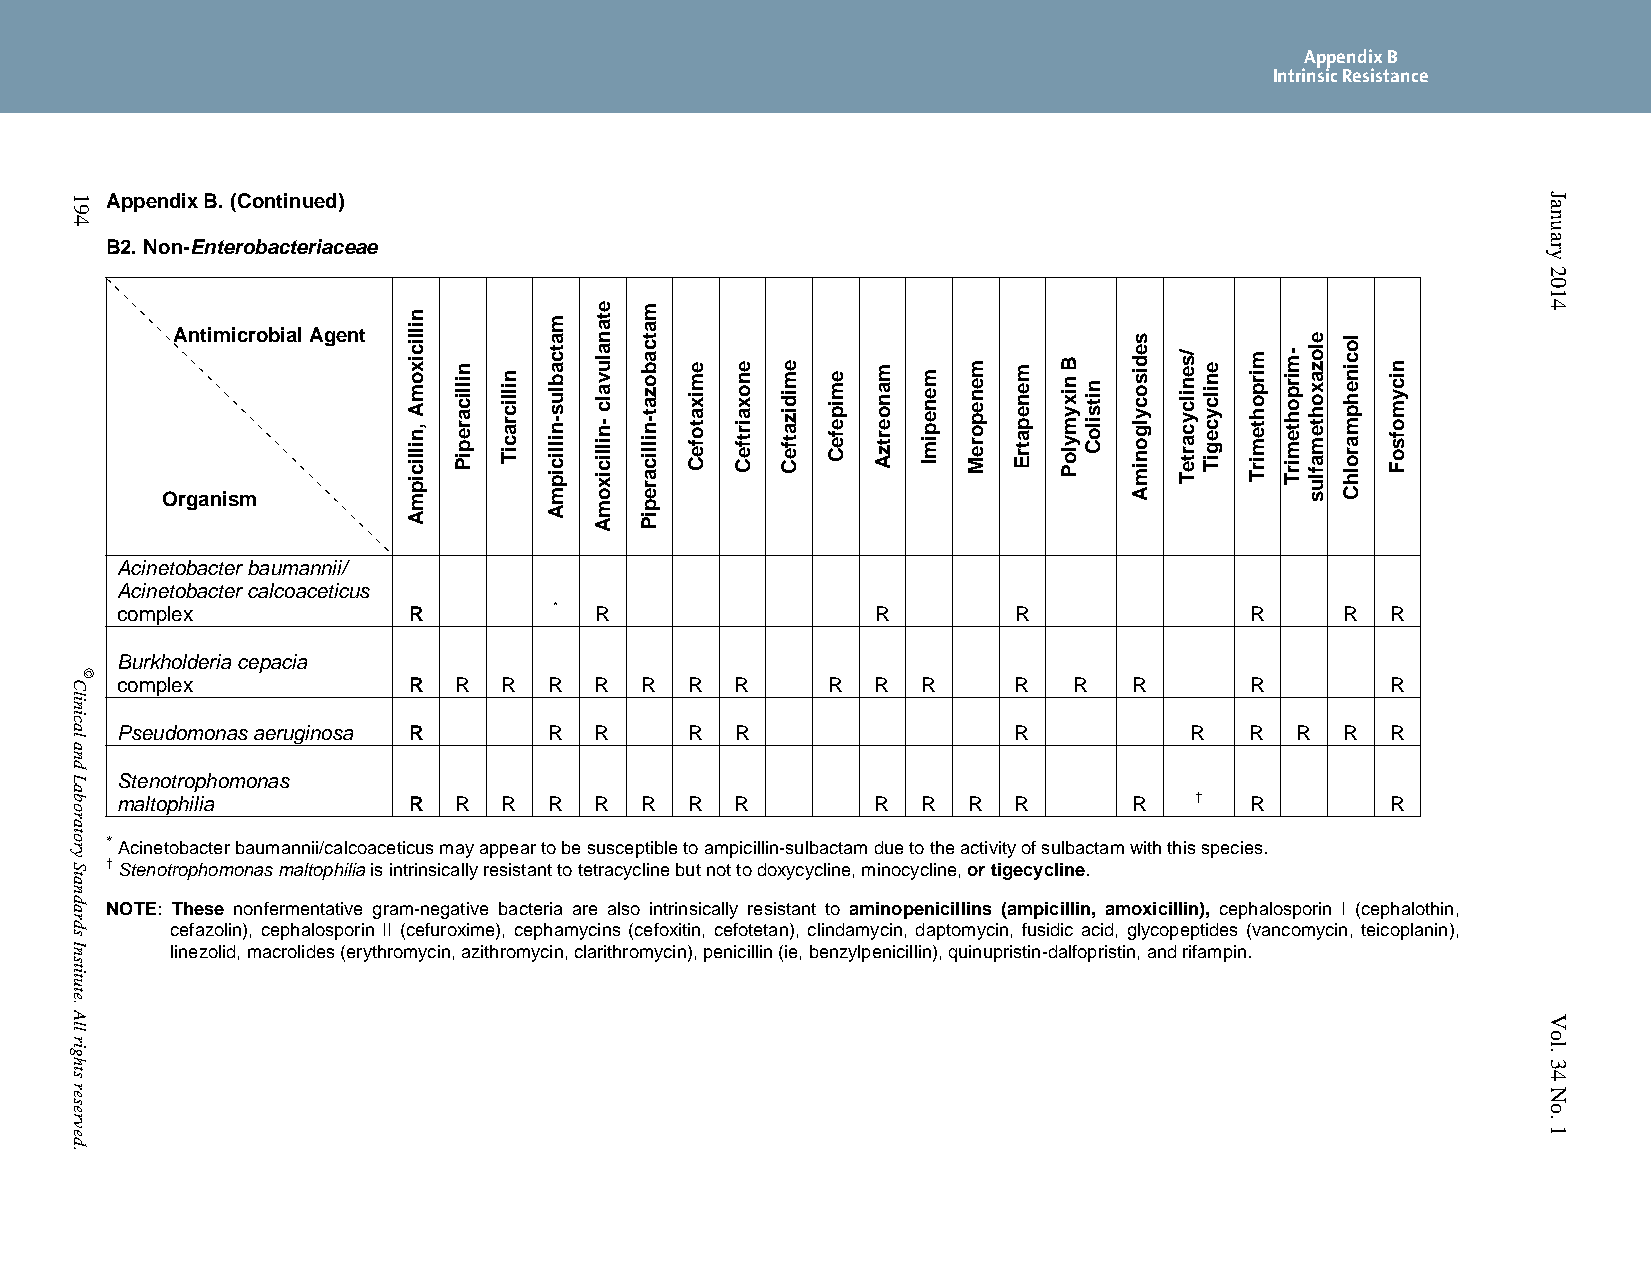
Appendix B
 Intrinsic Resistance
 Appendix B. (Continued)
 B2. Non-Enterobacteriaceae
 Antimicrobial Agent
 Organism
 Acinetobacter baumannii/
 Acinetobacter calcoaceticus
 complex            R         * R                  R        R               R     R  R
 Burkholderia cepacia
 complex            R  R  R  R  R  R   R  R     R  R  R     R   R   R       R        R
 Pseudomonas aeruginosa R    R  R      R  R                 R           R   R  R  R  R
 Stenotrophomonas
 maltophilia        R  R  R  R  R  R   R  R        R  R  R  R       R   †   R        R
 * Acinetobacter baumannii/calcoaceticus may appear to be susceptible to ampicillin-sulbactam due to the activity of sulbactam with this species.
 † Stenotrophomonas maltophilia is intrinsically resistant to tetracycline but not to doxycycline, minocycline, or tigecycline.
 NOTE: These nonfermentative gram-negative bacteria are also intrinsically resistant to aminopenicillins (ampicillin, amoxicillin), cephalosporin I (cephalothin,
 cefazolin), cephalosporin II (cefuroxime), cephamycins (cefoxitin, cefotetan), clindamycin, daptomycin, fusidic acid, glycopeptides (vancomycin, teicoplanin),
 linezolid, macrolides (erythromycin, azithromycin, clarithromycin), penicillin (ie, benzylpenicillin), quinupristin-dalfopristin, and rifampin.
 194
 Clinical
 and
 Laboratory
 Standards
 Institute.
 All
 rights
 reserved.
 ©
 nillicixomA
 ,nillicipmA
 nillicarepiP nillicraciT
 matcablus-nillicipmA
 etanaluvalc
 -nillicixomA
 matcabozat-nillicarepiP
 emixatofeC enoxairtfeC emidizatfeC emipefeC manoertzA menepimI meneporeM menepatrE B nixymyloP nitsiloC
 sedisocylgonimA
 /senilcycarteT enilcycegiT mirpohtemirT -mirpohtemirT
 elozaxohtemaflus locinehpmarolhC
 nicymofsoF
 January
 2014
 Vol.
 34
 No.
 1